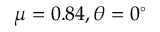
\mu = 0 . 8 4 , \theta = 0 ^ { \circ }